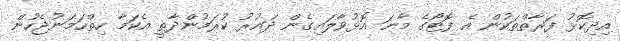
އިދިކޮޅު ފަރާތްތަކުން އެ ފޮޓޯގެ މާނަ އޮޅުވާލައިގެން ދައުރު ކުރަމުންދާތީ އެކަމާ ހިތްހަމަނުޖެހުން